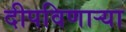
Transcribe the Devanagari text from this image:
दीपविणार्‍या